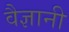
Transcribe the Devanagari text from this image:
वैज्ञानी